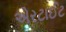
એરટાઈટ